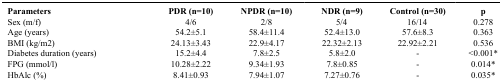
<table><thead><tr><td><b>Parameters</b></td><td><b>PDR (n=10)</b></td><td><b>NPDR (n=10)</b></td><td><b>NDR (n=9)</b></td><td><b>Control (n=30)</b></td><td><b>p</b></td></tr></thead><tbody><tr><td>Sex (m/f)</td><td>4/6</td><td>2/8</td><td>5/4</td><td>16/14</td><td>0.278</td></tr><tr><td>Age (years)</td><td>54.2±5.1</td><td>58.4±11.4</td><td>52.4±13.0</td><td>57.6±8.3</td><td>0.363</td></tr><tr><td>BMI (kg/m2)</td><td>24.13±3.43</td><td>22.9±4.17</td><td>22.32±2.13</td><td>22.92±2.21</td><td>0.536</td></tr><tr><td>Diabetes duration (years)</td><td>15.2±4.4</td><td>7.8±2.5</td><td>5.8±2.0</td><td>-</td><td>&lt;0.001*</td></tr><tr><td>FPG (mmol/l)</td><td>10.28±2.22</td><td>9.34±1.93</td><td>7.8±0.85</td><td>-</td><td>0.014*</td></tr><tr><td>HbAlc (%)</td><td>8.41±0.93</td><td>7.94±1.07</td><td>7.27±0.76</td><td>-</td><td>0.035*</td></tr></tbody></table>